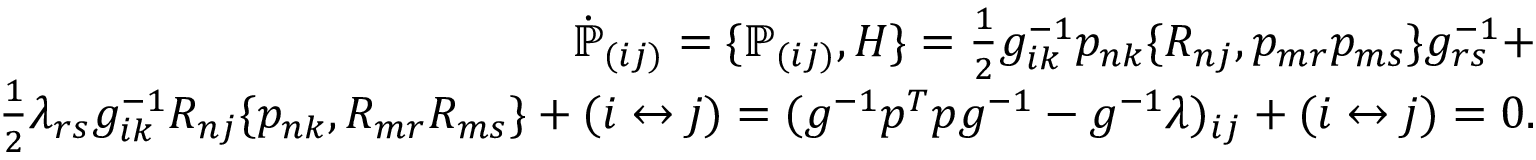
\begin{array} { r } { \dot { \mathbb P } _ { ( i j ) } = \{ { \mathbb P } _ { ( i j ) } , H \} = \frac 1 2 g _ { i k } ^ { - 1 } p _ { n k } \{ R _ { n j } , p _ { m r } p _ { m s } \} g _ { r s } ^ { - 1 } + } \\ { \frac 1 2 \lambda _ { r s } g _ { i k } ^ { - 1 } R _ { n j } \{ p _ { n k } , R _ { m r } R _ { m s } \} + ( i \leftrightarrow j ) = ( g ^ { - 1 } p ^ { T } p g ^ { - 1 } - g ^ { - 1 } \lambda ) _ { i j } + ( i \leftrightarrow j ) = 0 . } \end{array}